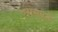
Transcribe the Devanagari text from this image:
एससबसे